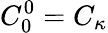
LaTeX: C_{0}^{0}=C_{\kappa}